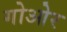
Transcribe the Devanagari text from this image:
गोओर